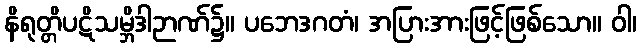
နိရုတ္တိပဋိသမ္ဘိဒါဉာဏ်၌။ ပဘေဒဂတံ၊ အပြားအားဖြင့်ဖြစ်သော။ ဝါ၊